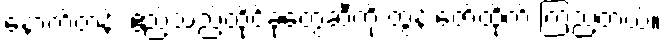
နောက်တန်း ဧည့်သည်ထိုင်ခုံတွေဆီကို ထွန်းဇော်ထိုက် ကြည့်တယ်။